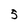
Character: 5